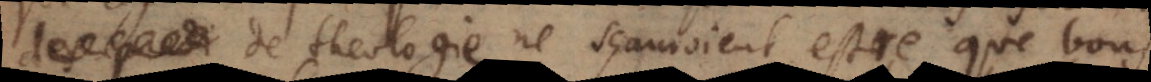
predi de theologie ne sçauroient estre que bons,